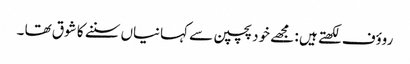
روؤف لکھتے ہیں : مجھے خود پچپن سے کہانیاں سننے کا شوق تھا ۔